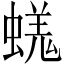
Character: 𧏙